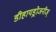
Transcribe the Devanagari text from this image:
डीहायड्रोजनीज्